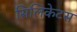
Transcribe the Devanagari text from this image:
सिलिकेटस